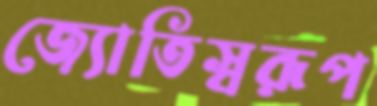
জ্যোতিস্বরূপ